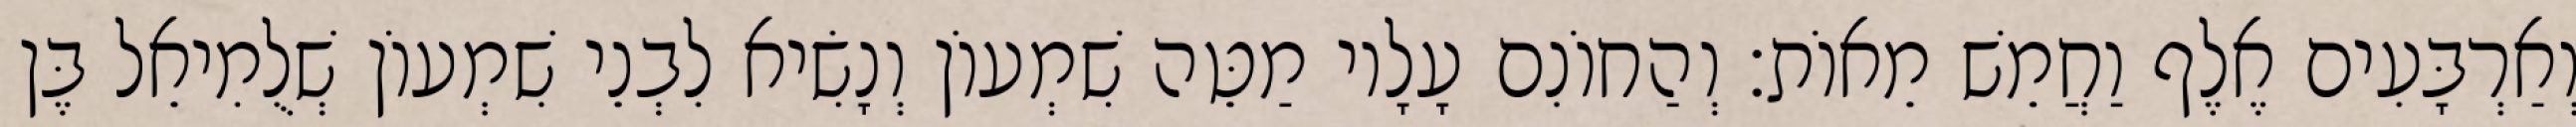
וְאַרְבָּעִים אֶלֶף וַחֲמֵשׁ מֵאוֹת׃ וְהַחוֹנִם עָלָיו מַטֵּה שִׁמְעוֹן וְנָשִׂיא לִבְנֵי שִׁמְעוֹן שְׁלֻמִיאֵל בֶּן